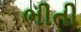
ભીતી